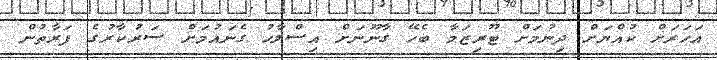
އަހަރަށް ކުއްޔަށް ދިނުމަށް ޓޫރިޒަމާ ބެހޭ ގާނޫނަށް އިސްލާހު ގެނައުމަށް ސަރުކާރުގެ ފަރާތުން